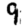
Digit: 9